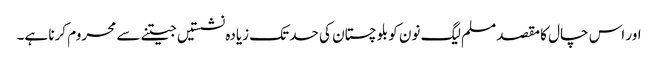
اور اس چال کا مقصد مسلم لیگ نون کو بلوچستان کی حد تک زیادہ نشستیں جیتنے سے محروم کرنا ہے۔